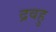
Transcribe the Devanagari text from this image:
द्रवहु